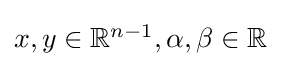
{\textstyle x,y\in \mathbb {R} ^{n-1},\alpha ,\beta \in \mathbb {R} }